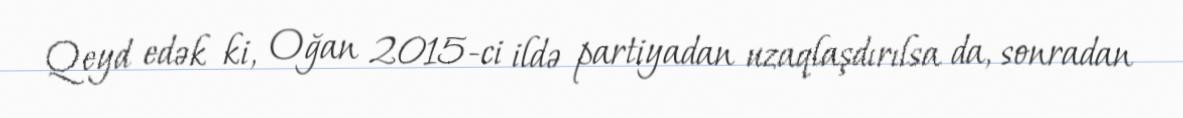
Qeyd edək ki, Oğan 2015-ci ildə partiyadan uzaqlaşdırılsa da, sonradan